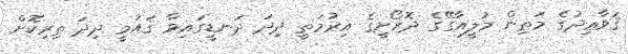
ޤަވާޢިދުގެ މަތިން މުލީއާގޭގެ ދޮރޯށީގެ އިރުމަތީ ދިދަ ދަނޑީގައިވާ ޤައުމީ ދިދަ ތިރިކޮށް